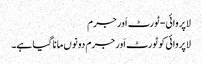
لاپروائی-ٹورٹ اَور جرم
لاپروائی کو ٹورٹ اَور جرم دونوں مانا گیا ہے۔